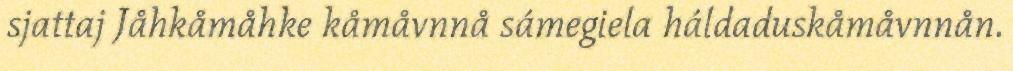
sjattaj Jåhkåmåhke kåmåvnnå sámegiela háldaduskåmåvnnån.